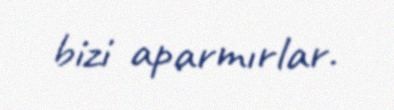
bizi aparmırlar.